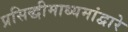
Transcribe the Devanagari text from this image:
प्रसिद्धीमाध्यमांद्वारे